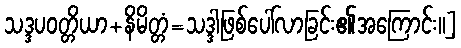
သဒ္ဒပဝတ္တိယာ+နိမိတ္တံ=သဒ္ဒါဖြစ်ပေါ်လာခြင်း၏အကြောင်း။]